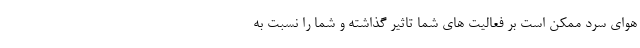
هوای سرد ممکن است بر فعالیت های شما تاثیر گذاشته و شما را نسبت به